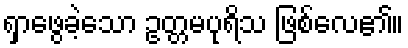
ရှာဖွေခဲ့သော ဥတ္တမပုရိသ ဖြစ်လေ၏။